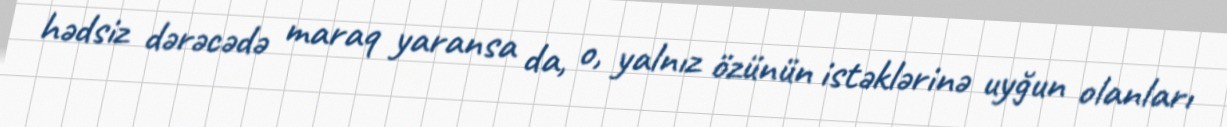
hədsiz dərəcədə maraq yaransa da, o, yalnız özünün istəklərinə uyğun olanları